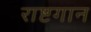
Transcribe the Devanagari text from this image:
राष्टगान